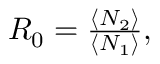
\begin{array} { r } { R _ { 0 } = \frac { \langle N _ { 2 } \rangle } { \langle N _ { 1 } \rangle } , } \end{array}